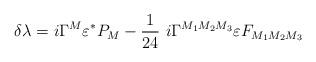
LaTeX: \begin{align*}\delta\lambda = i \Gamma^M \varepsilon^{\ast} P_M - {1\over 24}~i\Gamma^{M_1M_2M_3} \varepsilon F_{M_1M_2M_3}\end{align*}